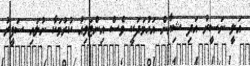
އަލީ ނަސީރު އަދި ޝިއާން އަހުމަދަކީ ވެސް އިންޓަވިއު ކުރުމަކާ ނުލައި ސަފީރު